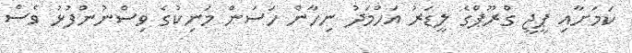
ކަމަށާއި ޕީޖީ ގްރޫޕްގެ ލީޑަރު އަހްމަދު ނިހާން ހަސަން މަނިކުގެ ވިސްނުންފުޅު ވެސް